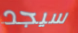
سيجد